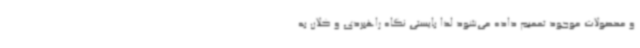
و محصولات موجود تعمیم داده می‌شود لذا بایستی نگاه راهبردی و کلان به